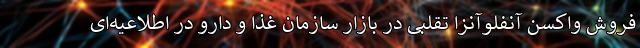
فروش واکسن‌ آنفلوآنزا تقلبی در بازار سازمان غذا و دارو در اطلاعیه‌ای